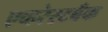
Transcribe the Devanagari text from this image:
एव्हरेस्टबँक